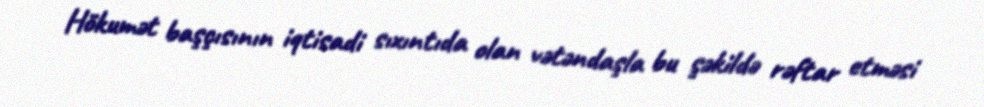
Hökumət başçısının iqtisadi sıxıntıda olan vətəndaşla bu şəkildə rəftar etməsi